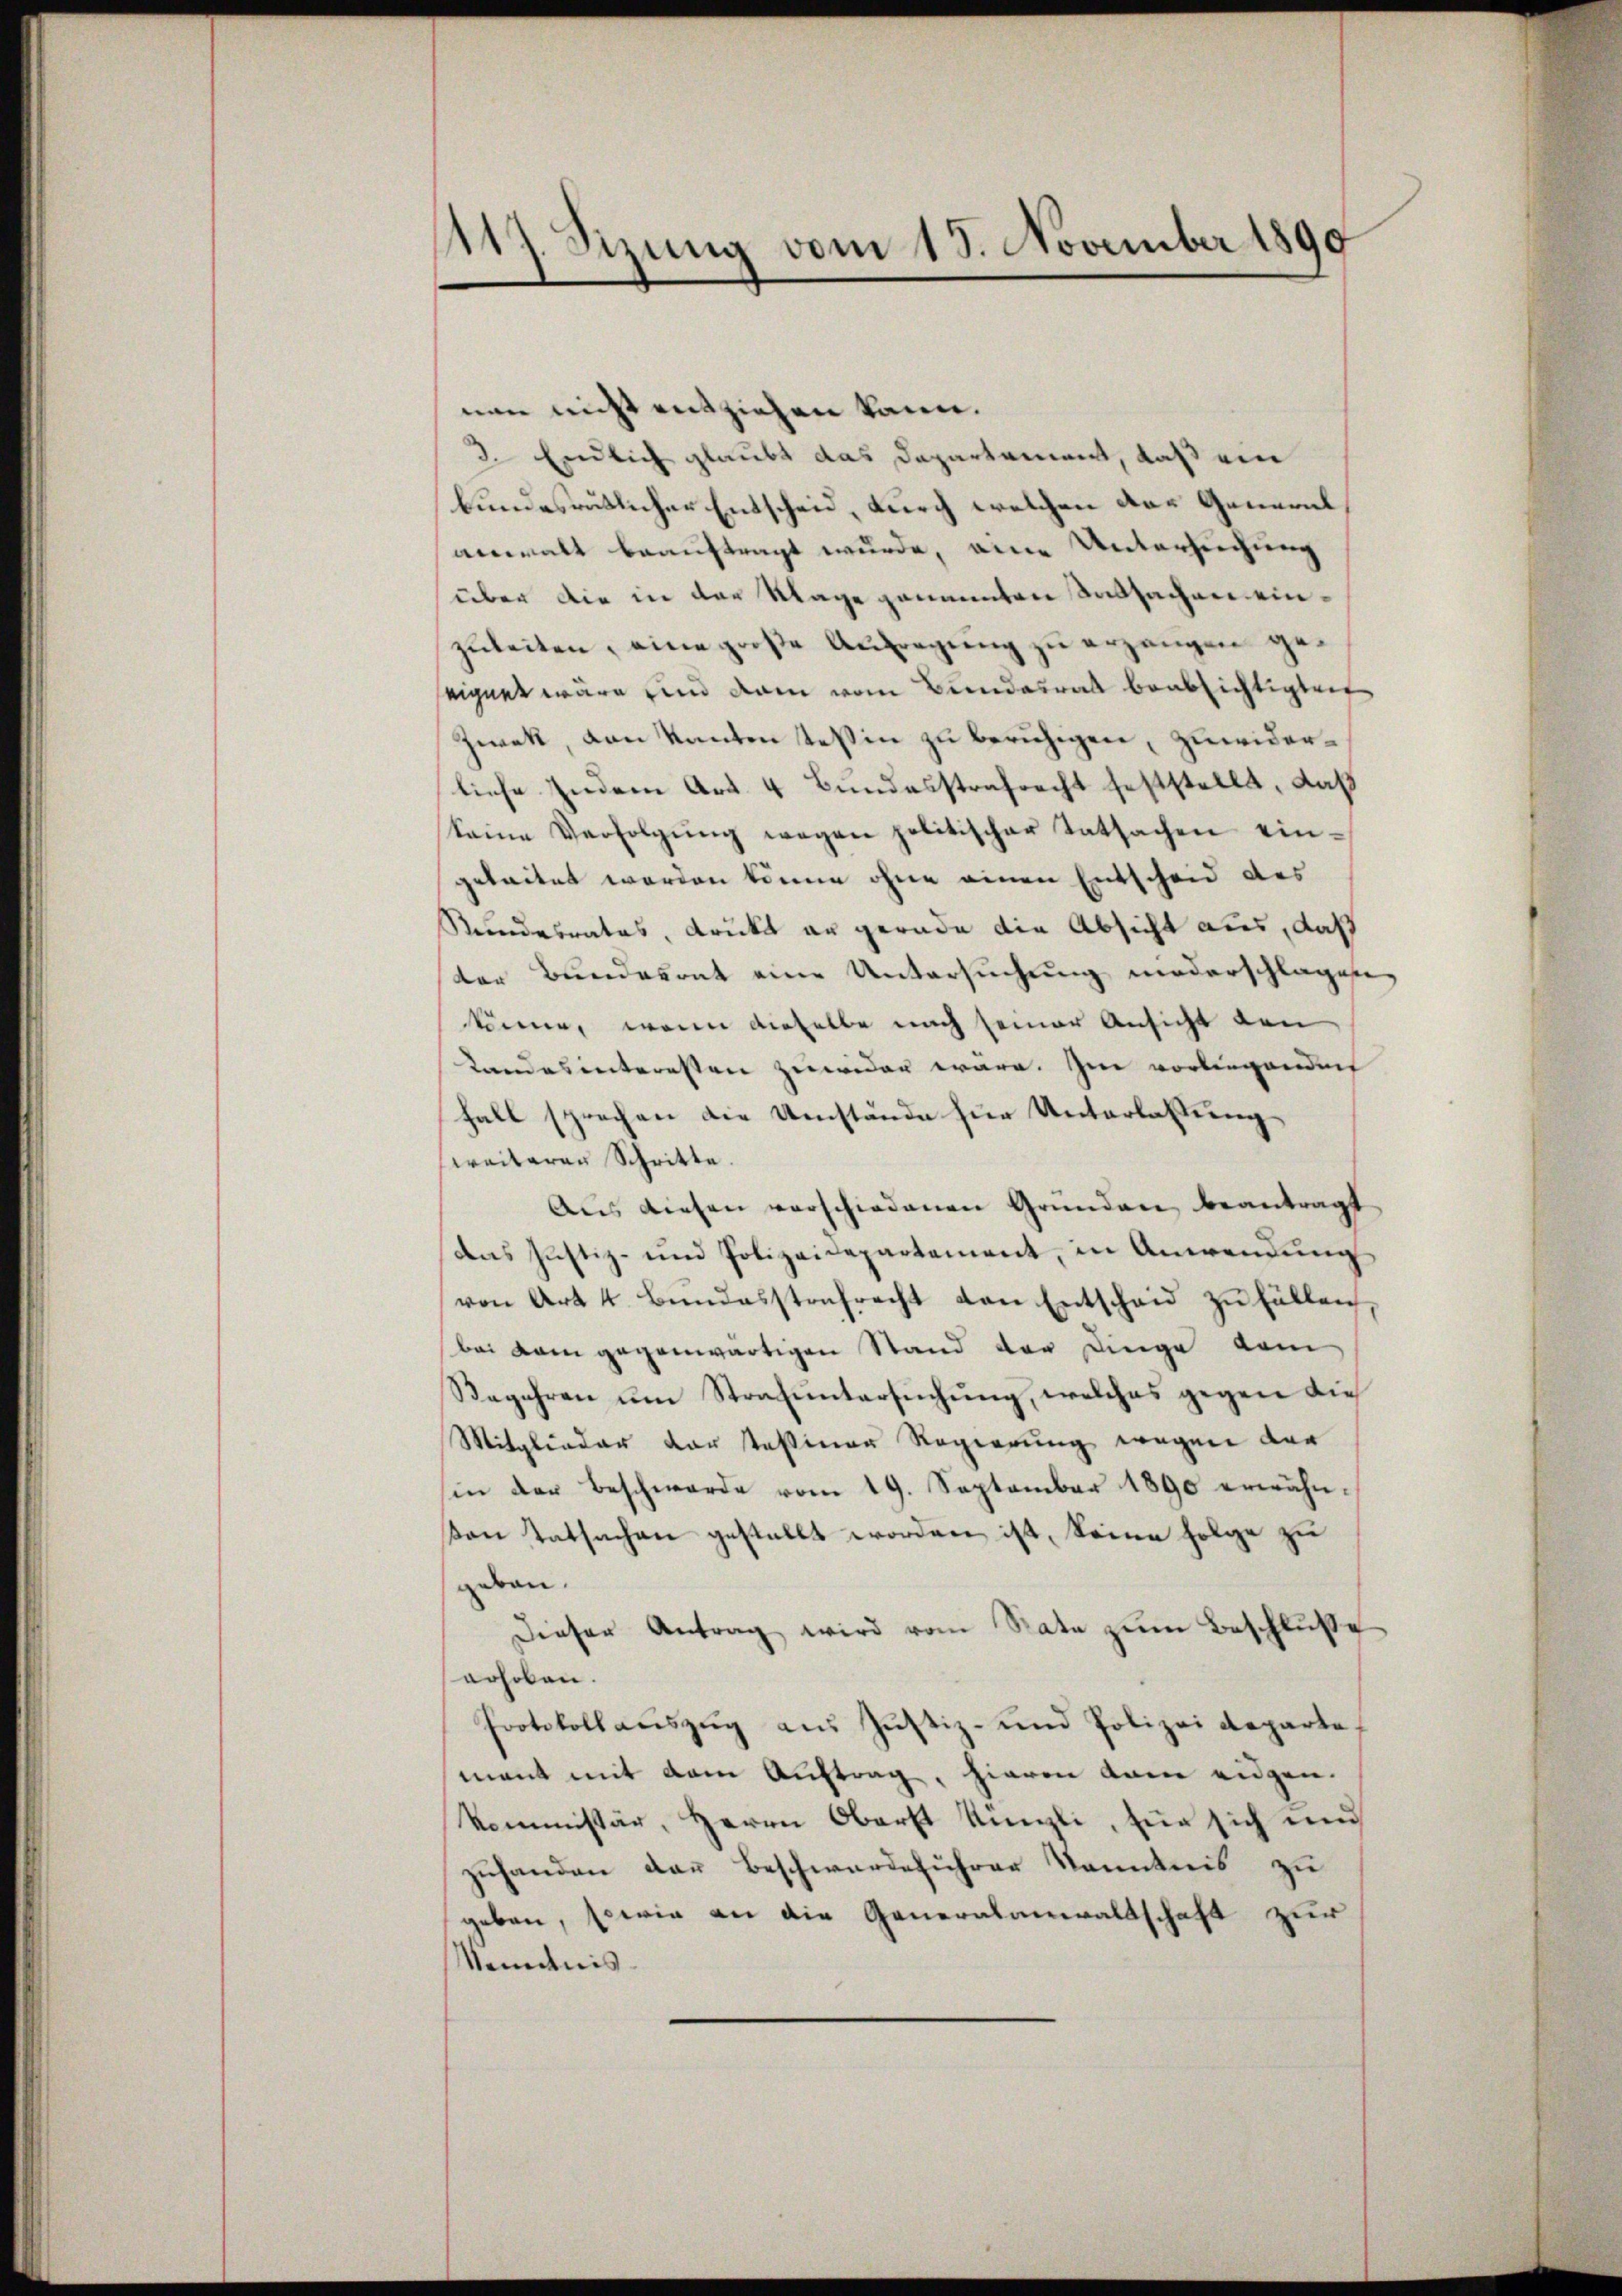
117. Sizung vom 18. November 1890

nen nicht entziehen kann.
3. Endlich glaubt das Departement, daß ein
bundesrätlicher Entscheid, durch welchen das General
anwalt beauftragt wurde, eine Untersuchung
über die in der Klage genannten Tatsachen einzuleiten, eine große Aufregung zu ergangen geseignet wäre und dann vom Bundesrat beabsichtigten
Zwek, von Kanton Teßin zu beruhigen, zuwiderliehe Indem Art. 4 Bundesstrafrecht feststellt, daß
keine Verfolgŭng wegen politischer Tatsachen eingeleitet werden könne ohne einen Entscheid des
Kundesrates, druckt er gerade die Absicht aus, daß
ter Bunderont eine Untersuchung niederschlagen,
könne, wenn dieselbe nach seiner Ansicht den
Landes interessen zuwider wäre. Im vorliegenden
fall sprechen die Umstände zur Unterlassung
weiterer Schritte.
Aus diesen verschiedenen Gründen beantragt
dens Justiz- und Polizeidepartement, in Anwendung
von Art 4. Bundesstrafrecht den Entscheid zu Fällen,
bei dem gegenwärtigen Stand der Dinge kom
Begehren um Strafuntersuchung, welches gegen die
Mitglieder der Tessiner Regierung wegen der
sin der Beschwerde vom 19. September 1890 erwähn-
en Tatsachen gestellt worden ist, keine Folge zu
gebau.
Dieser Antrag wird vom Rate zŭm Beschlŭβe
erhoben.
Protokoll aŭszŭg aŭs Justiz- und Polizei Reparte
mant mit dem Auftrag, hieren kam eidgen.
kommissär, Herrn Oberst Künzli, für sich ne
zuhanden dann Beschwerdeführer Kenntnis zu
geben, sowie an die Generalanwaltschaft zur
kenntnis.